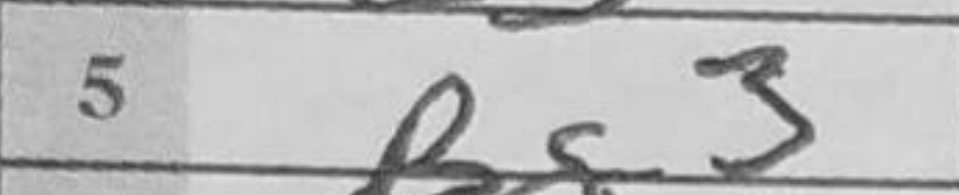
Transcription: Bg3